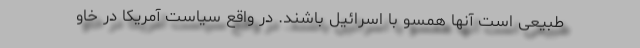
طبیعی است آنها همسو با اسرائیل باشند. در واقع سیاست آمریکا در خاو